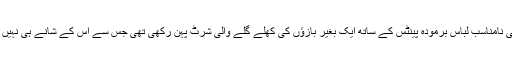
مگر افسوس کی بات یہ تھی کہ لڑکی نے انتہائی نامناسب لباس برمودہ پینٹس کے ساتھ ایک بغیر بازؤں کی کھلے گلے والی شرٹ پہن رکھی تھی جس سے اس کے شانے ہی نہیں اور بھی بہت سارا جسم دعوت نظارہ بنا ہوا تھا۔